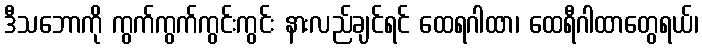
ဒီသဘောကို ကွက်ကွက်ကွင်းကွင်း နားလည်ချင်ရင် ထေရဂါထာ၊ ထေရီဂါထာတွေရယ်၊